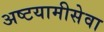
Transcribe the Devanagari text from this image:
अष्टयामीसेवा